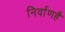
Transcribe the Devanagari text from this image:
निर्वाणहै